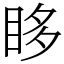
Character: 眵